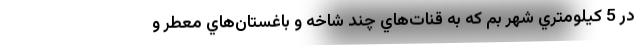
در 5 كيلومتري شهر بم كه به قنات‌هاي چند شاخه و باغستان‌هاي معطر و